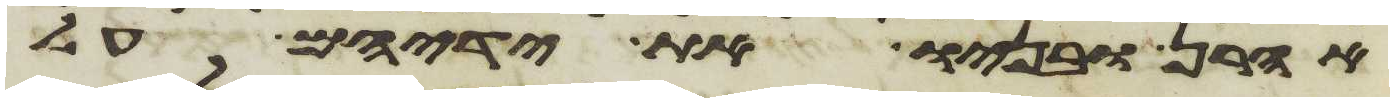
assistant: אהרן ובניו את ידיהם על